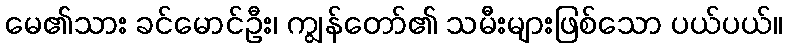
မေ၏သား ခင်မောင်ဦး၊ ကျွန်တော်၏ သမီးများဖြစ်သော ပယ်ပယ်။